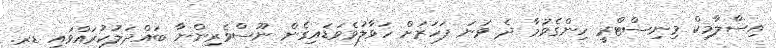
އިސްލާމިކް މިނިސްޓްރީ ހިންގެވުމާ ދެ ވަނަ ފަހަރަށް ހަވާލުވެވަޑައިގެން ނޫސްވެރިންނާ ބައްދަލުކުރައްވައި ޑރ.